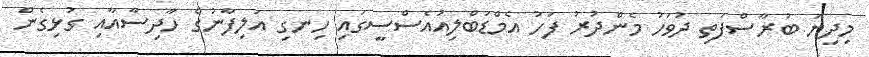
މިދިޔަ ބުރާސްފަތި ދުވަހު މެންދުރު ފަހު އެމްޑަބްލިއުއެސްސީގައި ހިނގި އަލިފާނުގެ ހާދިސާއާއި ގުޅިގެން